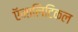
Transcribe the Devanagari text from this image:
ऍनालिटिकल